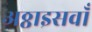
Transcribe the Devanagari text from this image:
अठ्ठाइसवाँ